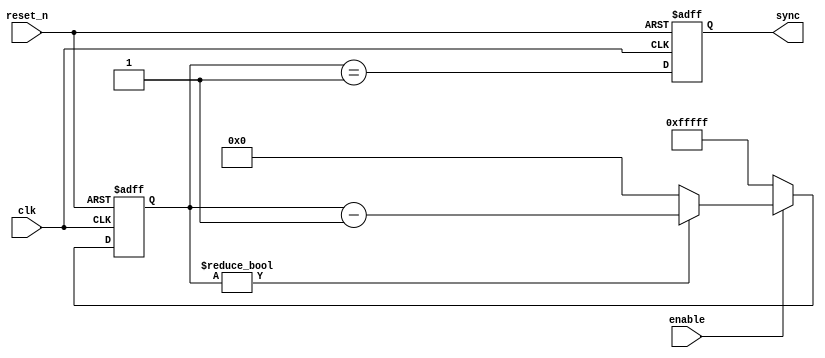
// Module to provide a wait period before activating the sync
module afe_sync
       (
         input clk, reset_n,
         input enable,
         output sync
       );

reg [ 19: 0 ] counter;

reg sync_reg;
assign sync = sync_reg;

always @( posedge clk or negedge reset_n ) begin
  if ( ~reset_n )
  begin
    counter <= 20'hFFFFF;
    sync_reg <= 1'b0;
  end else
  begin
    if ( !enable )
    begin
      counter <= 20'hFFFFF;
    end else if ( counter != 20'b0 )
    begin
      counter <= counter - 1'b1;
    end else
    begin
      counter <= 20'b0;
    end
    // Single pulse at the end of the count
    sync_reg <= ( counter == 20'b1 );
  end
end

endmodule